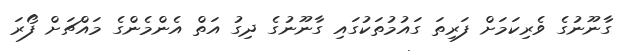
ގާނޫނުގެ ވެރިކަމަށް ފަރިތަ ގައުމުތަކުގައި ގާނޫނުގެ ދިގު އަތް އެންމެންގެ މައްޗަށް ފޯރަ